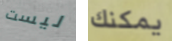
ليست يمكنك